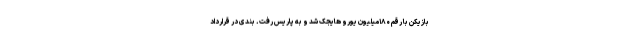
بازیکن با رقم ۱۸۰میلیون یورو هایجک شد و به پاریس رفت. بندی در قرارداد